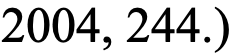
2004, 244.)